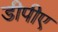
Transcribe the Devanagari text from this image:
डीपीए